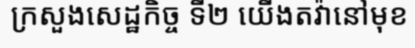
ក្រសួងសេដ្ឋកិច្ច ទី២ យើងតវ៉ានៅមុខ